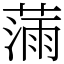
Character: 𫉗